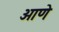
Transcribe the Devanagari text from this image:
ओणे